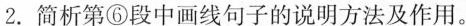
2.简析第⑥段中画线句子的说明方法及作用。